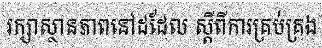
រក្សាស្ថានភាពនៅដដែល ស្តីពីការគ្រប់គ្រង